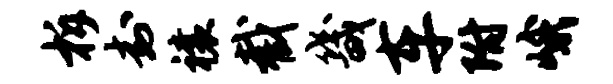
柝封禳截畿车附峨